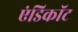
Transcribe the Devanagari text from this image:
एंडिकॉट